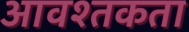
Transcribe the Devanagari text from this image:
आवश्तकता